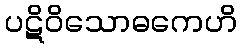
ပဋိဝိသောဓကေဟိ